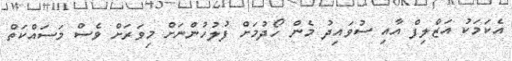
އެކަމަކު އަޒްލިފް އާއި ސުވައިދު މެން ހޯދުމަށް ފުލުހުންނަށް މިވަރަށް ވެސް މަސައްކަތް